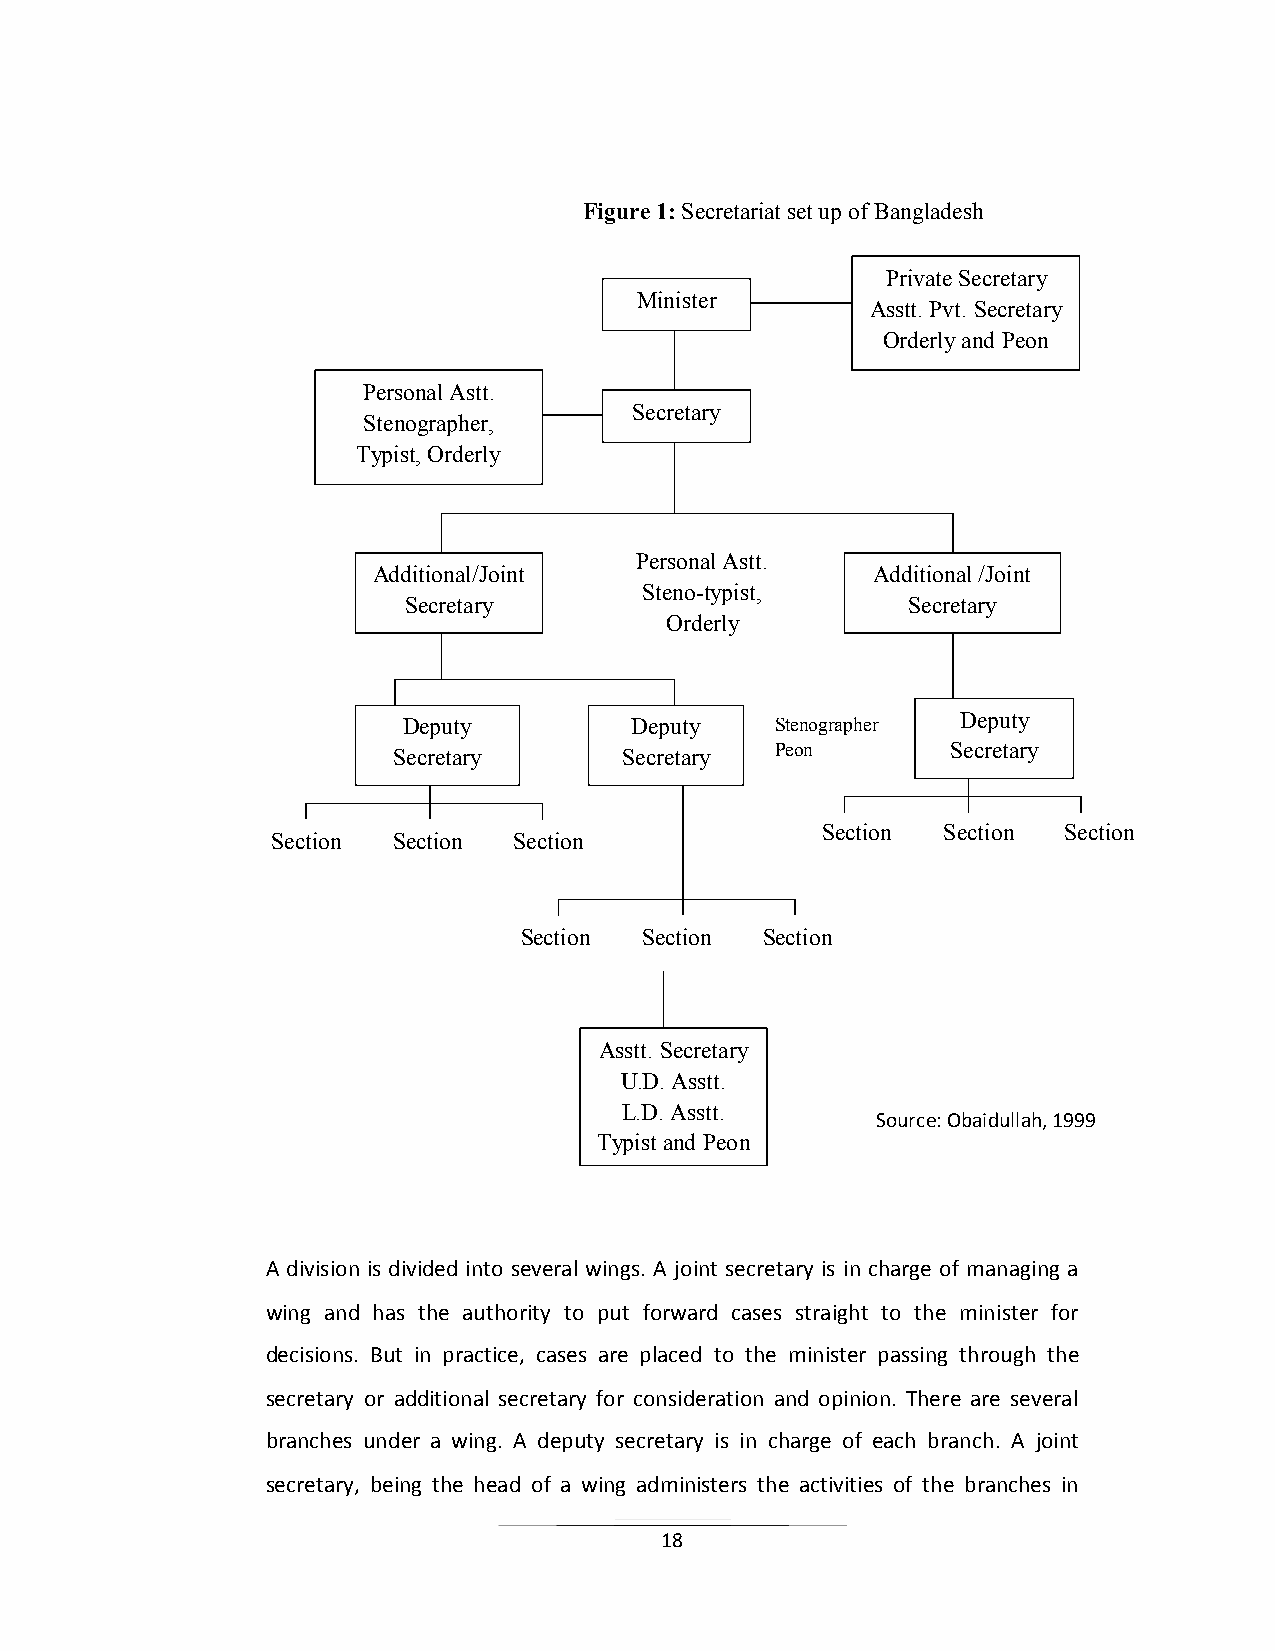
Figure 1: Secretariat set up of Bangladesh
 Private Secretary
 Minister
 Asstt. Pvt. Secretary
 Orderly and Peon
 Personal Astt.
 Secretary
 Stenographer,
 Typist, Orderly
 Personal Astt.
 Additional/Joint                 Additional /Joint
 Steno-typist,
 Secretary                        Secretary
 Orderly
 Deputy         Deputy   Stenographer Deputy
 Secretary      Secretary Peon        Secretary
 Section Section Section
 Section Section Section
 Section  Section Section
 Asstt. Secretary
 U.D. Asstt.
 L.D. Asstt.
 Source: Obaidullah, 1999
 Typist and Peon
 A division is divided into several wings. A joint secretary is in charge of managing a
 wing and has the authority to put forward cases straight to the minister for
 decisions. But in practice, cases are placed to the minister passing through the
 secretary or additional secretary for consideration and opinion. There are several
 branches under a wing. A deputy secretary is in charge of each branch. A joint
 secretary, being the head of a wing administers the activities of the branches in
 18